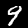
Label: 9